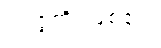
ဥပ္ပဇ္ဇတိ၊ ဖြစ်၏။